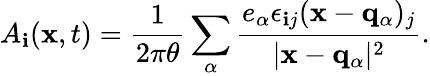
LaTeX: A_{\mathbf{i}}({\mathbf{x}},t)=\frac{{1}}{{2\pi\theta}}\sum_{\alpha}\frac{{e_{\alpha}\epsilon_{\mathbf{i}j}({\mathbf{x}}-{\mathbf{q}_{\alpha}})_{j}}}{{\vert{\mathbf{x}}-{\mathbf{q}_{\alpha}}\vert^{2}}}.